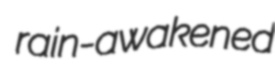
rain-awakened